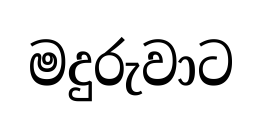
මදුරුවාට